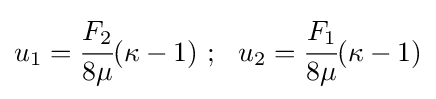
u_{1}={\cfrac {F_{2}}{8\mu }}(\kappa -1)~;~~u_{2}={\cfrac {F_{1}}{8\mu }}(\kappa -1)